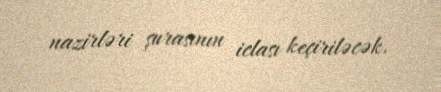
nazirləri şurasının iclası keçiriləcək.